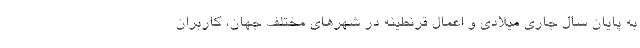
به پایان سال جاری میلادی و اعمال قرنطینه در شهرهای مختلف جهان، کاربران